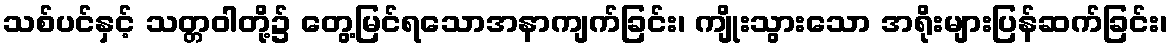
သစ်ပင်နှင့် သတ္တဝါတို့၌ တွေ့မြင်ရသောအနာကျက်ခြင်း၊ ကျိုးသွားသော အရိုးများပြန်ဆက်ခြင်း၊